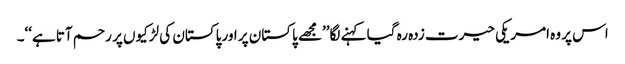
اس پر وہ امریکی حیرت زدہ رہ گیا کہنے لگا’’مجھے پاکستان پر اور پاکستان کی لڑکیوں پر رحم آتا ہے‘‘۔